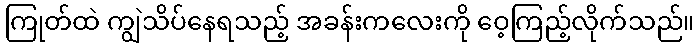
ကြုတ်ထဲ ကျွဲသိပ်နေရသည့် အခန်းကလေးကို ဝေ့ကြည့်လိုက်သည်။